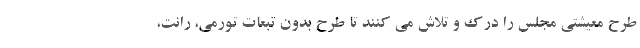
طرح معیشتی مجلس را درک و تلاش می کنند تا طرح بدون تبعات تورمی، رانت،